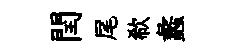
閏尾欷蠡